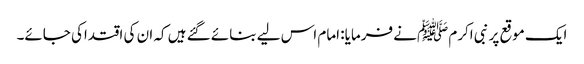
ایک موقع پر نبی اکرم ﷺنے فرمایا: امام اس لیے بنائے گئے ہیں کہ ان کی اقتداکی جائے۔